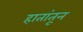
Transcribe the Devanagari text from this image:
हातांतून